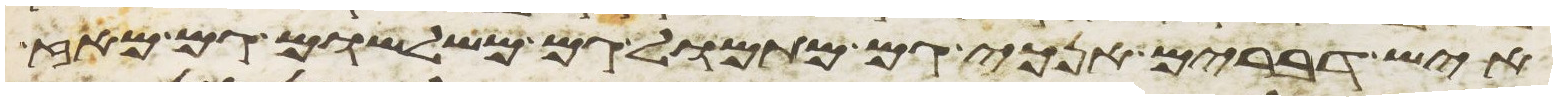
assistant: איש דברים אנכי גם מתמול גם משלשום גם מאז